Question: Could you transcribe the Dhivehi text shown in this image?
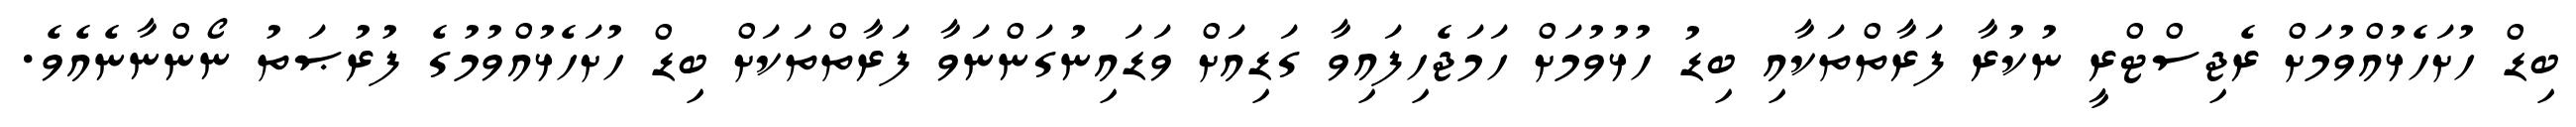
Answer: ބިޑް ހުށަހެޅުއްވުމަށް ރެޖިސްޓްރީ ނުކުރާ ފަރާތްތަކާއި ބިޑު ހުޅުވުމަށް ހަމަޖެހިފައިވާ ގަޑިއަށް ވަޑައިނުގަންނަވާ ފަރާތްތަކަށް ބިޑް ހުށަހެޅުއްވުމުގެ ފުރުޞަތު ނޯންނާނެއެވެ.